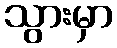
သွားမှာ